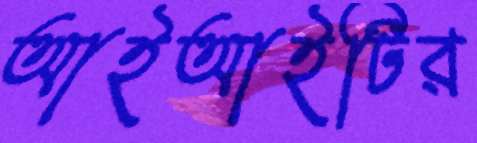
আইআইটির